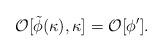
LaTeX: \begin{align*}{\cal O}[\tilde\phi(\kappa),\kappa]={\cal O}[\phi^\prime].\end{align*}